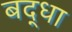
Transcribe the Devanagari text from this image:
बद्धा